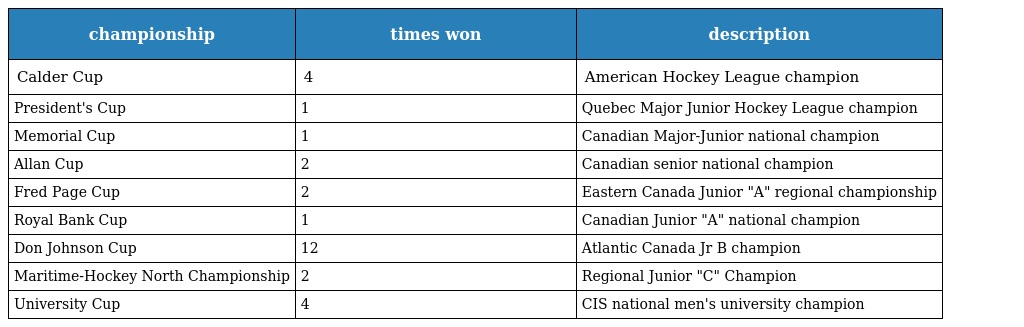
| championship | times won | description |
 | --- | --- | --- |
 | Calder Cup | 4 | American Hockey League champion |
 | President's Cup | 1 | Quebec Major Junior Hockey League champion |
 | Memorial Cup | 1 | Canadian Major-Junior national champion |
 | Allan Cup | 2 | Canadian senior national champion |
 | Fred Page Cup | 2 | Eastern Canada Junior "A" regional championship |
 | Royal Bank Cup | 1 | Canadian Junior "A" national champion |
 | Don Johnson Cup | 12 | Atlantic Canada Jr B champion |
 | Maritime-Hockey North Championship | 2 | Regional Junior "C" Champion |
 | University Cup | 4 | CIS national men's university champion |